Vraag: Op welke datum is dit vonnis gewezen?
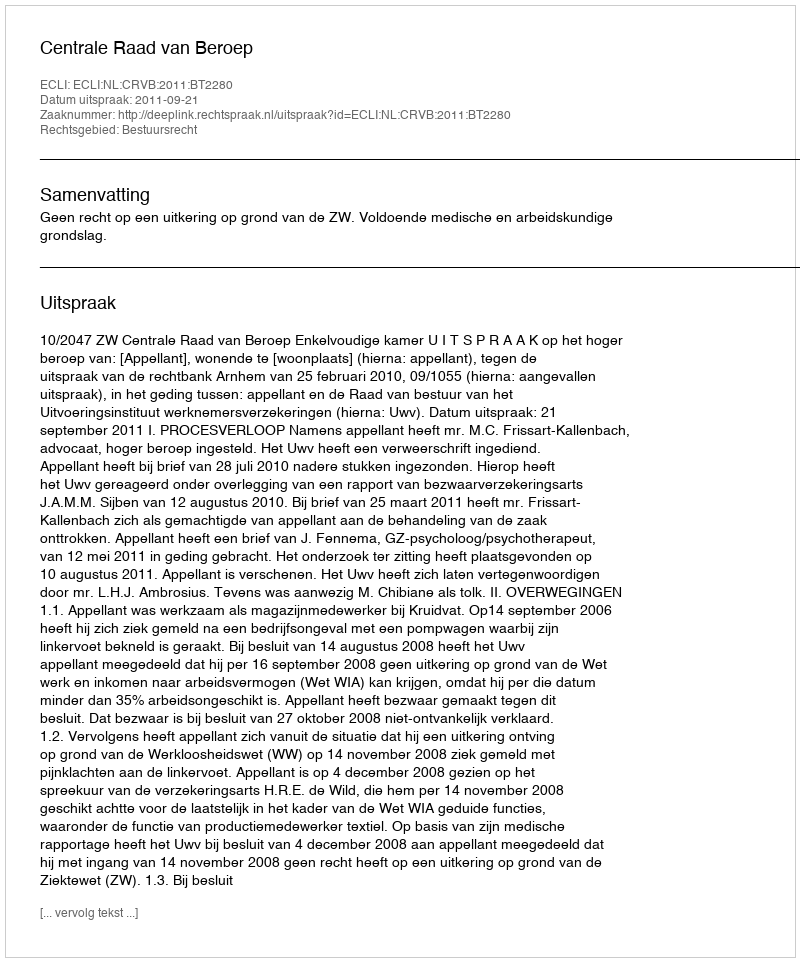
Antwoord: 2011-09-21